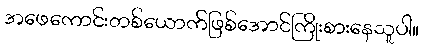
အဖေကောင်းတစ်ယောက်ဖြစ်အောင်ကြိုးစားနေသူပါ။